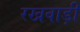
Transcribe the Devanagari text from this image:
रखवाड़ी